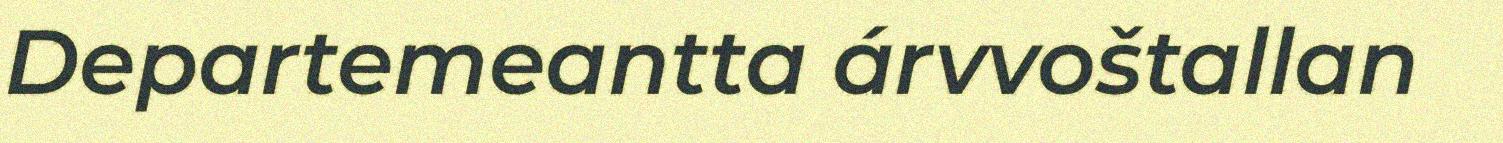
Departemeantta árvvoštallan